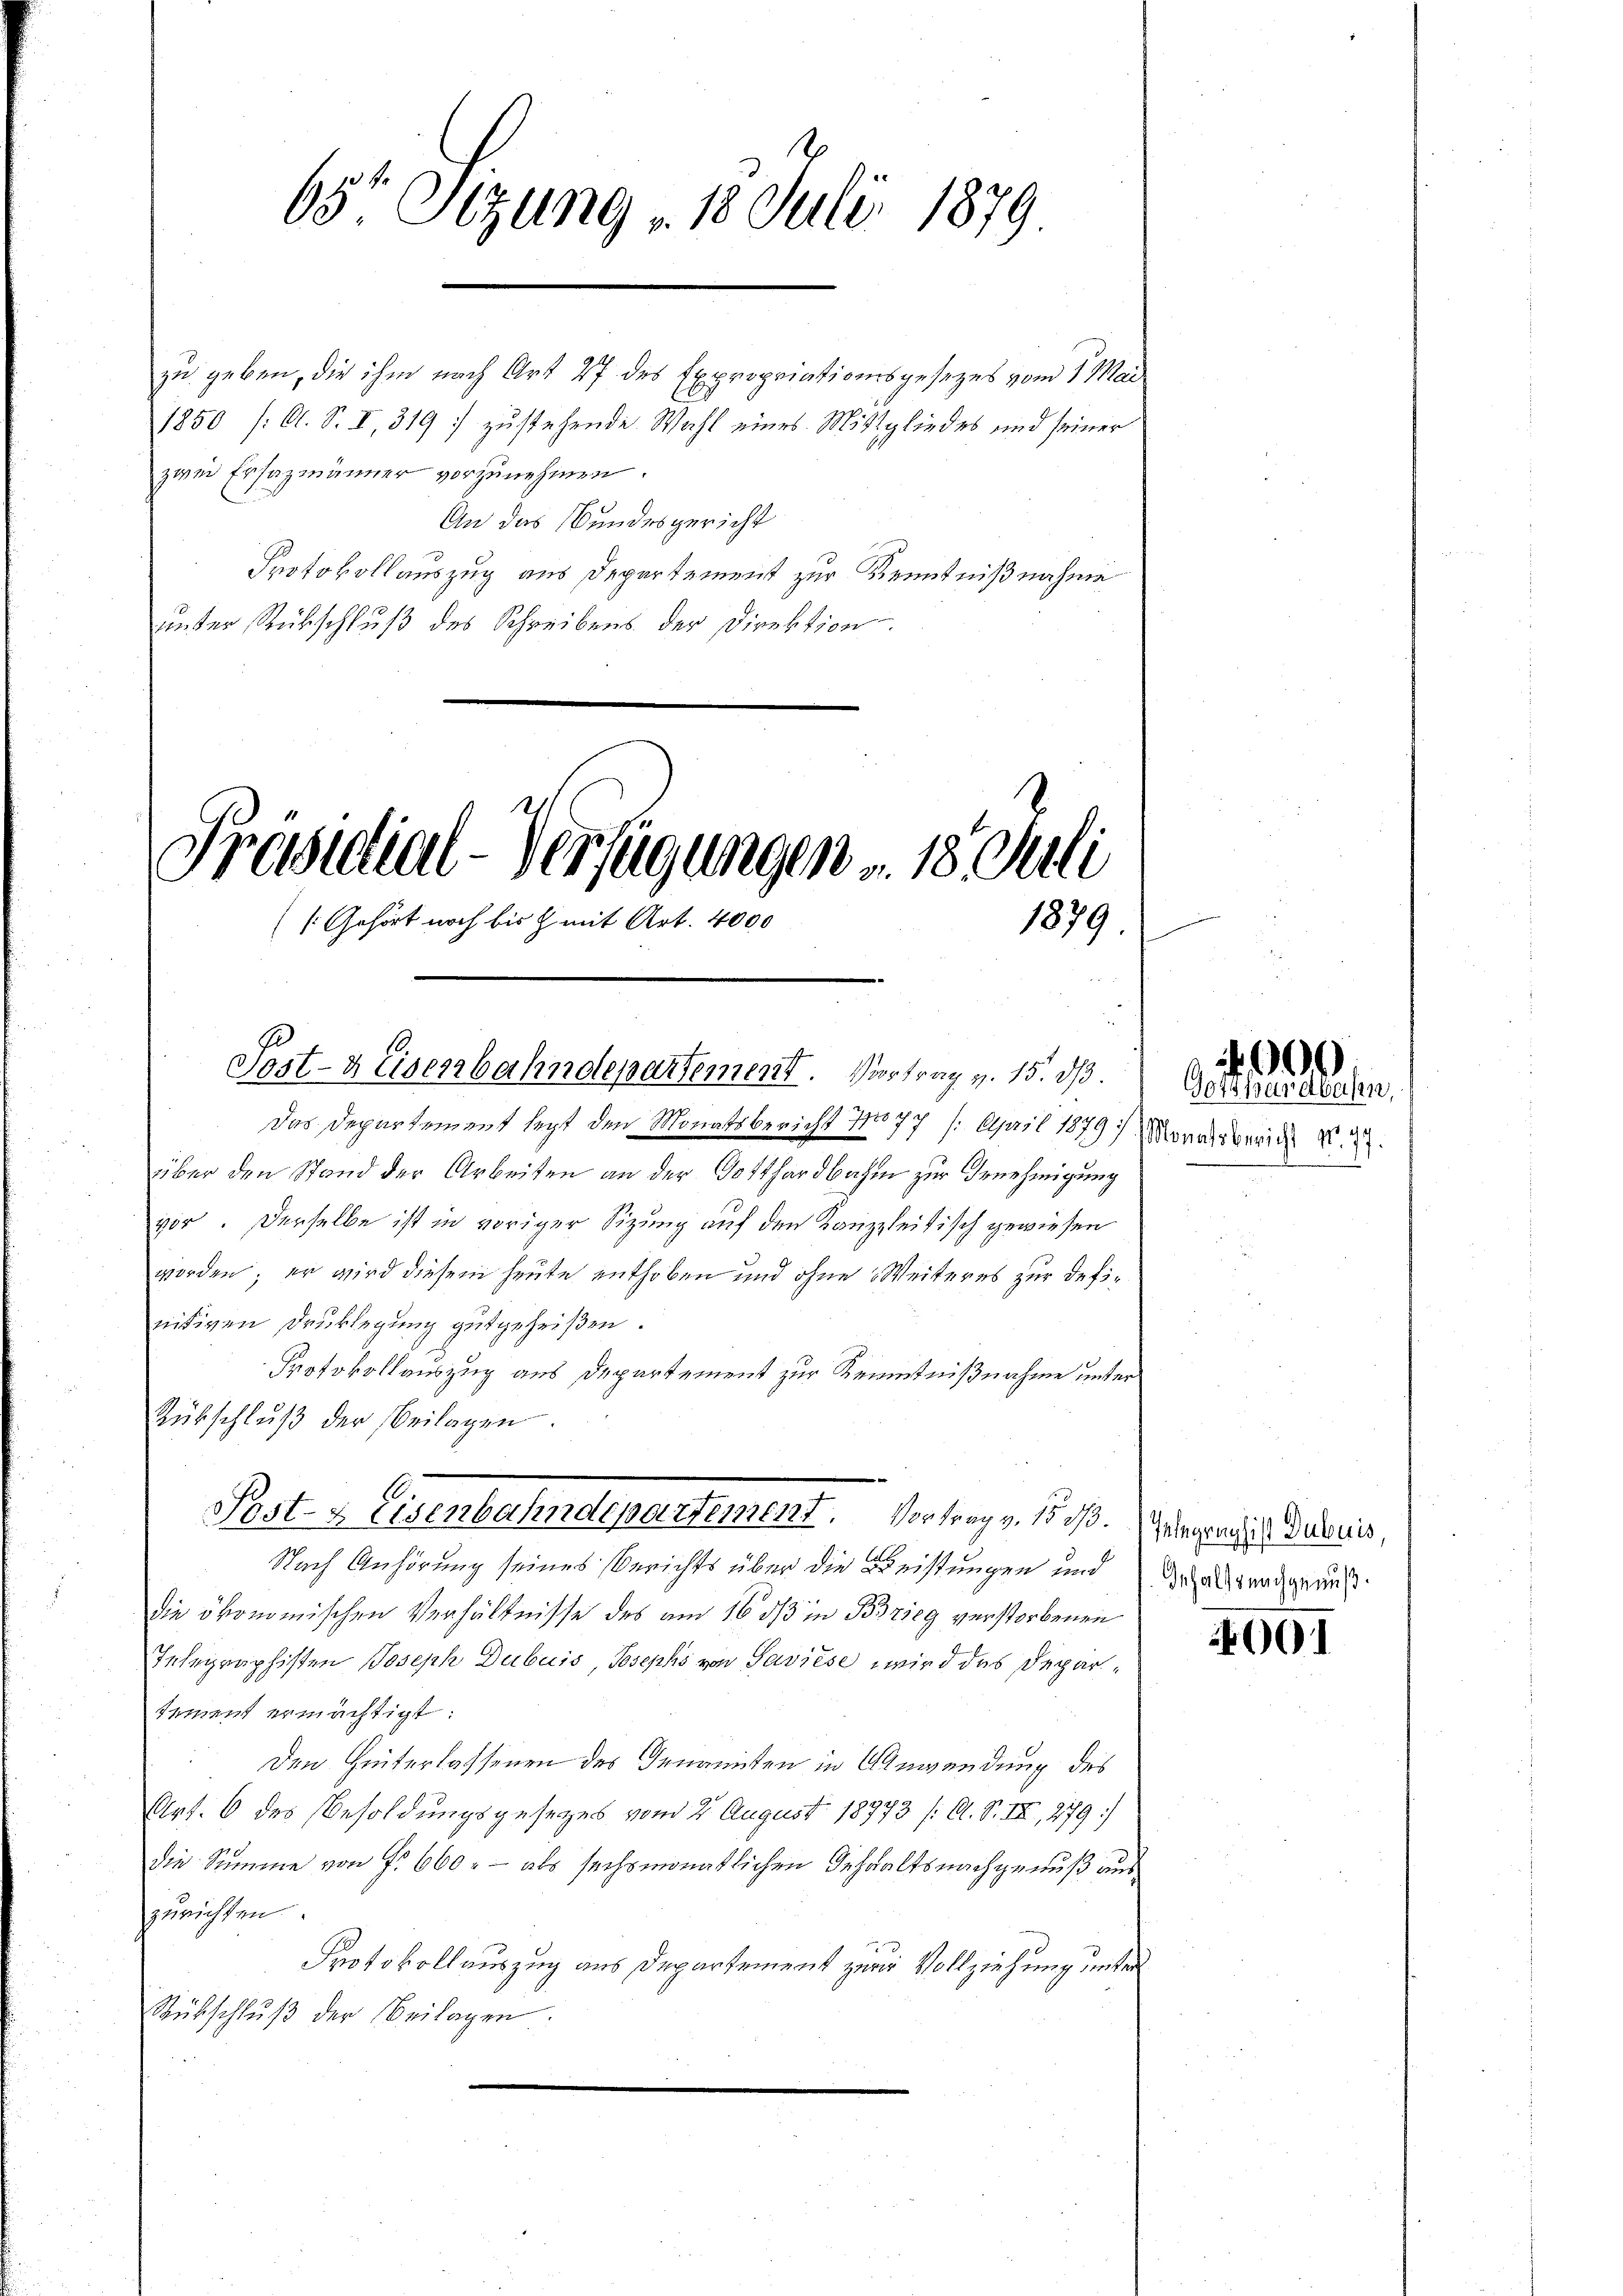
657 Stzung 18. Juli 1879

1850 (O. S. I, 319. zustehende Wahl eines Mittgliedes und seiner
zwei Ersazmänner vorzunehmen.
An das Bundesgericht
Protokollauszug aus Departement zur Kenntnißnahme
unter Rückschluß des Schreibens der Direktion

zu geben, die ihm nach Art 27 des Expropriationsgesezes vom 1. Mai

Präsidial-Verfügungen v. 18. Juli
(Gehört noch bis Z. mit Art. 4000

1879

Post- & Eisenbahndepartement. Vortrag v. 15. ds.

1.
Post- & Eisenbahndepartement. Vortrag v. 1533.

Das Departement legt den Monatsbericht 11077 / April 1879 Monatsberich N. 27.
über den Stand der Arbeiten an der Gotthardbahn zur Genehmigung
vor. Derselbe ist in voriger Sitzung auf den Kanzleitisch gewiesen
worden; er wird diesem heute enthoben und ohne Weiteres zur definitiven Druklegung gutgeheißen.
Protokollauszug aus Departement zur Kenntnißnahme unter
Rükschlŭβ der beilagen.
Nach Anhörung seines Berichts über die Weistungen und
die ökonomischen Verhältnisse des am 16. ds in Brieg verstorbenen
Integraphisten Joseph Dubuis, Josephs von Saviese wird das Departement ermächtigt:
Den Hinterlassenen des Genannten in Anwendung des
Art. 6 des Besoldungsgesezes vom 2. August 18973 /A. S. III, 279)
die Summe von f. 660.- als sechsmonatlichen Gehaltsnachgenuß aus
zurichten.
Protokollauszug aus Departement zur Vollziehung unter
Rückschluß der Beilagen.

000
Gotthardbahn,

Gelegraphist Dubuis,
Inhalts nachgenuß.

001